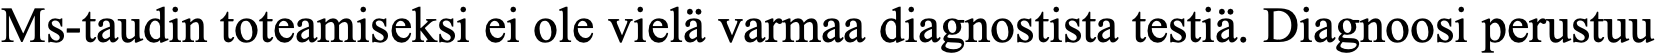
Ms-taudin toteamiseksi ei ole vielä varmaa diagnostista testiä. Diagnoosi perustuu